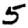
Digit: 5